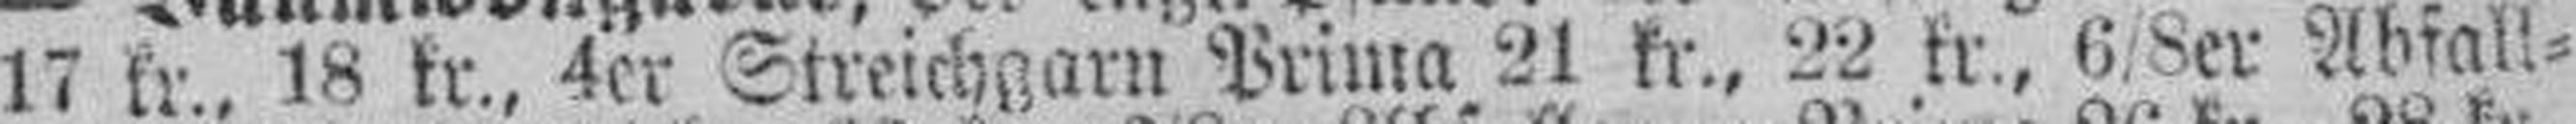
17 kr., 18 kr., 4er Streichgarn Prima 21 kr., 22 kr., 6/8er Abfall¬